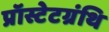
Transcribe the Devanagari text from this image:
प्रॉस्टेटग्रंथि